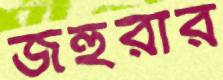
জহুরার